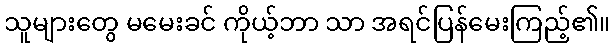
သူများတွေ မမေးခင် ကိုယ့်ဘာ သာ အရင်ပြန်မေးကြည့်၏။